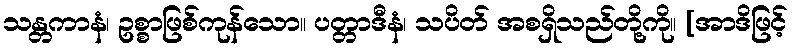
သန္တကာနံ၊ ဥစ္စာဖြစ်ကုန်သော။ ပတ္တာဒီနံ၊ သပိတ် အစရှိသည်တို့ကို။ [အာဒိဖြင့်